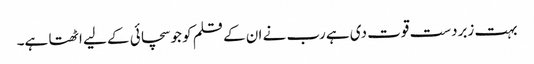
بہت زبردست قوت دی ہے رب نے ان کے قلم کو جو سچائی کے لیے اٹھتا ہے۔